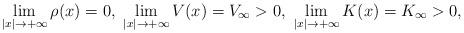
LaTeX: \begin{align*}\lim_{|x|\to+\infty} \rho(x)=0, \,\, \lim_{|x|\to+\infty} V(x)=V_{\infty}>0,\,\, \lim_{|x|\to+\infty} K(x)=K_{\infty}>0,\end{align*}